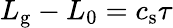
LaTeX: L_{\mathrm{g}}-L_{0}=c_{\mathrm{s}}\tau